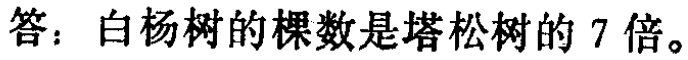
答：白杨树的棵数是塔松树的 7 倍。